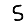
Digit: 5